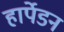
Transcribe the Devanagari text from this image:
हार्पेडन